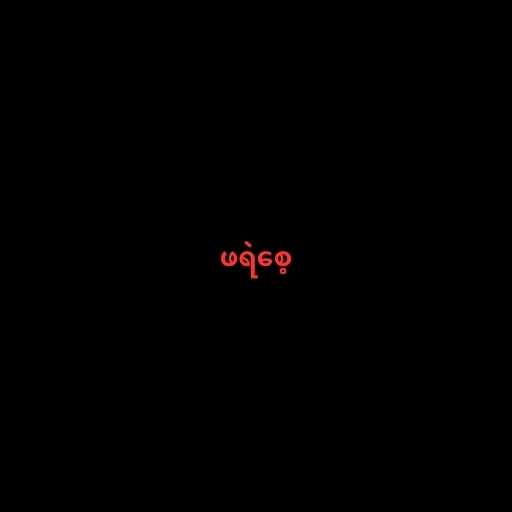
ဖရဲစေ့